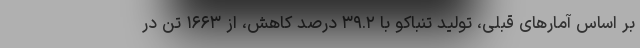
بر اساس آمارهای قبلی، تولید تنباکو با ۳۹.۲ درصد کاهش، از ۱۶۶۳ تن در